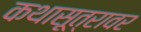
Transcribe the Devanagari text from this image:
कथासूत्रावर